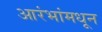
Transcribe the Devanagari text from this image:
आरंभांमधून